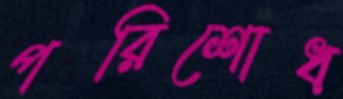
পরিশোধ